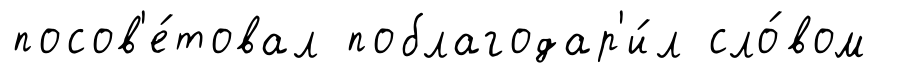
посов'е́товал поблагодар'и́л сло́вом